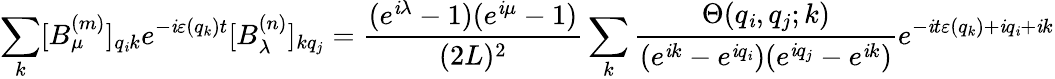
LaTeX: \sum_{k}[B_{\mu}^{(m)}]_{q_{\mathit{i}}k}e^{-\mathit{i}\varepsilon(q_{k})t}[B_{\lambda}^{(n)}]_{kq_{j}}=\frac{{(e^{\mathit{i}\lambda}-1)(e^{\mathit{i}\mu}-1)}}{{(2L)^{2}}}\sum_{k}\frac{{\Theta(q_{\mathit{i}},q_{j};k)}}{{(e^{\mathit{i}k}-e^{\mathit{i}q_{\mathit{i}}})(e^{\mathit{i}q_{j}}-e^{\mathit{i}k})}}e^{-\mathit{i}t\varepsilon(q_{k})+\mathit{i}q_{\mathit{i}}+\mathit{i}k}